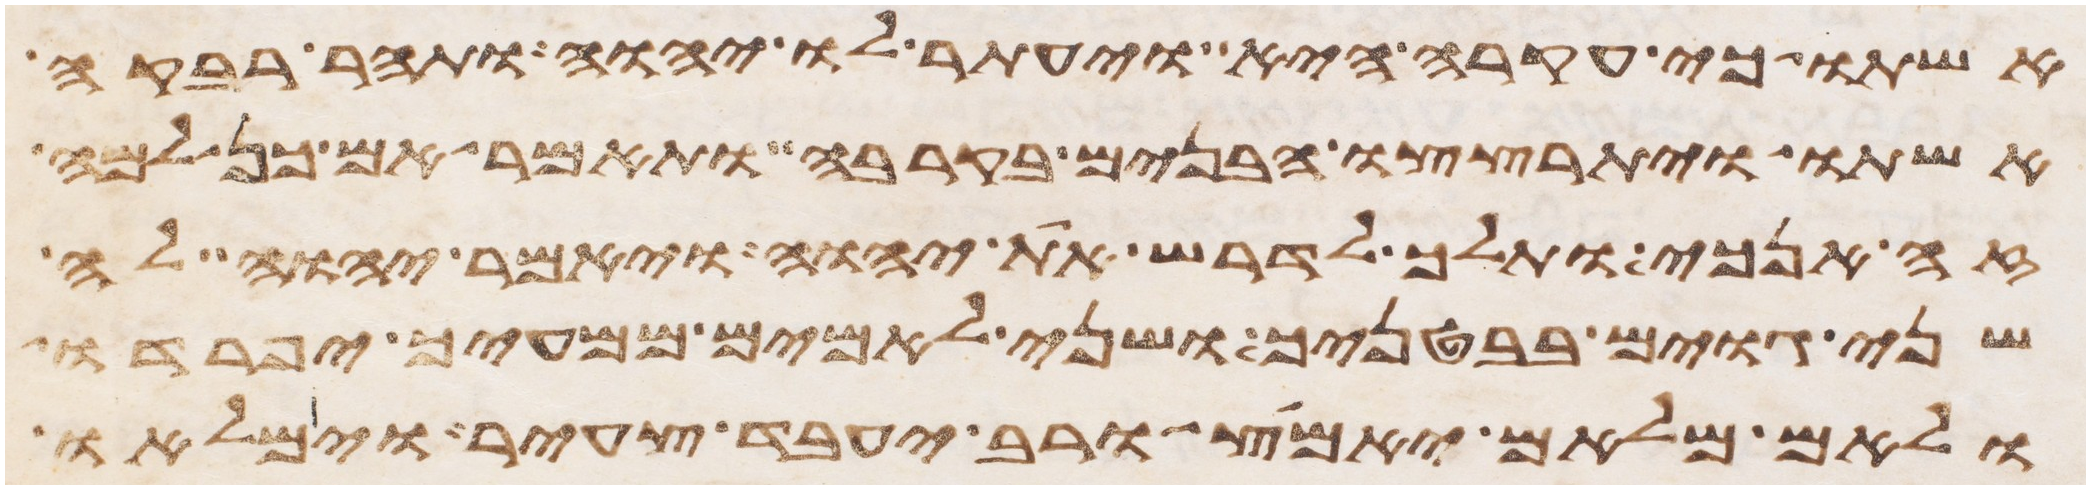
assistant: אשתו כי עקרה היא ויעתר לו יהוה ותהר רבקה
אשתו ויתרצצו הבנים בקרבה ותאמר אם כן למה
זה אנכי ותלך לדרש את יהוה ויאמר יהוה לה
שני גוים בבטנך ושני לאמים ממעיך יפרדו
ולאם מלאם יאמץ ורב יעבד צעיר וימלאו